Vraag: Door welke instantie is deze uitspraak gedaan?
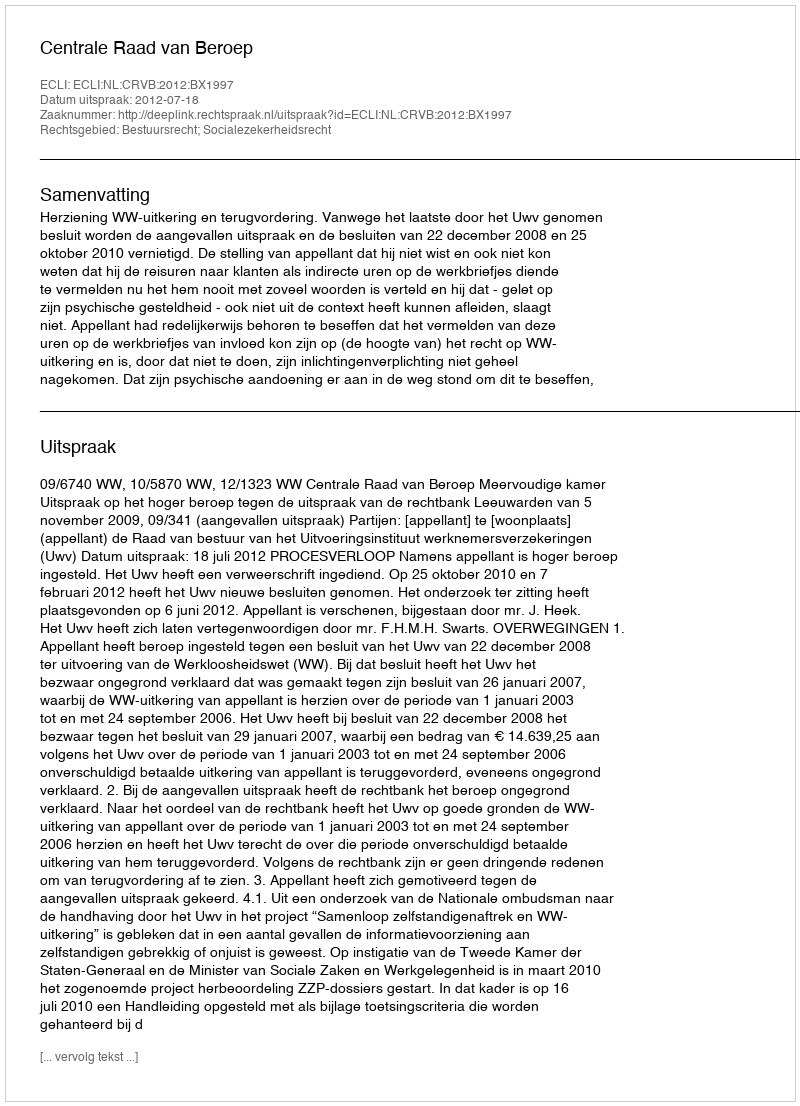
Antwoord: Centrale Raad van Beroep